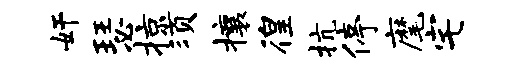
奸瑟掠须攘徨抗停麾宅